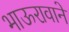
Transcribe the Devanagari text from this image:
भाऊरावाने